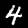
Digit: 4